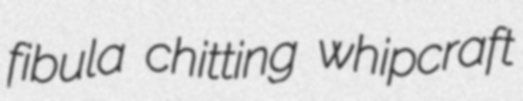
fibula chitting whipcraft